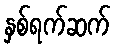
နှစ်ရက်ဆက်